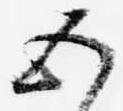
五